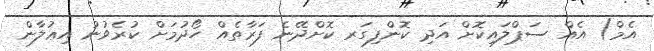
އެމް) އެއް ސަޕްލައިކޮށް އަދި ކޮންފިގަރ ކޮށްދޭނެ ފަރާތެއް ހޯދުމަށް ކުރެވުނު އިޢުލާން